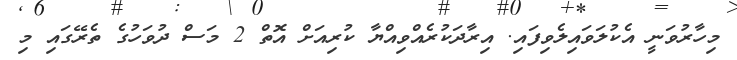
މިހާރުވަނީ އެކުލަވައިލެވިފައި. އިރާދަކުރެއްވިއްޔާ ކުރިއަށް އޮތް 2 މަސް ދުވަހުގެ ތެރޭގައި މި